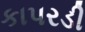
કાપરડી